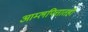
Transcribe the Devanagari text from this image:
आम्लपित्तातही